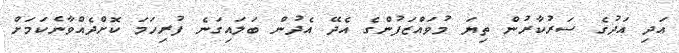
އަދި އަދުގެ ސަރުކާރުން ތިޔަ މުވައްޒަފުންގެ އެދޭ އެދުން ބަލައިގަނެ ފުރިހަމަ ކޮށްދެއްވާނެކަމަށް